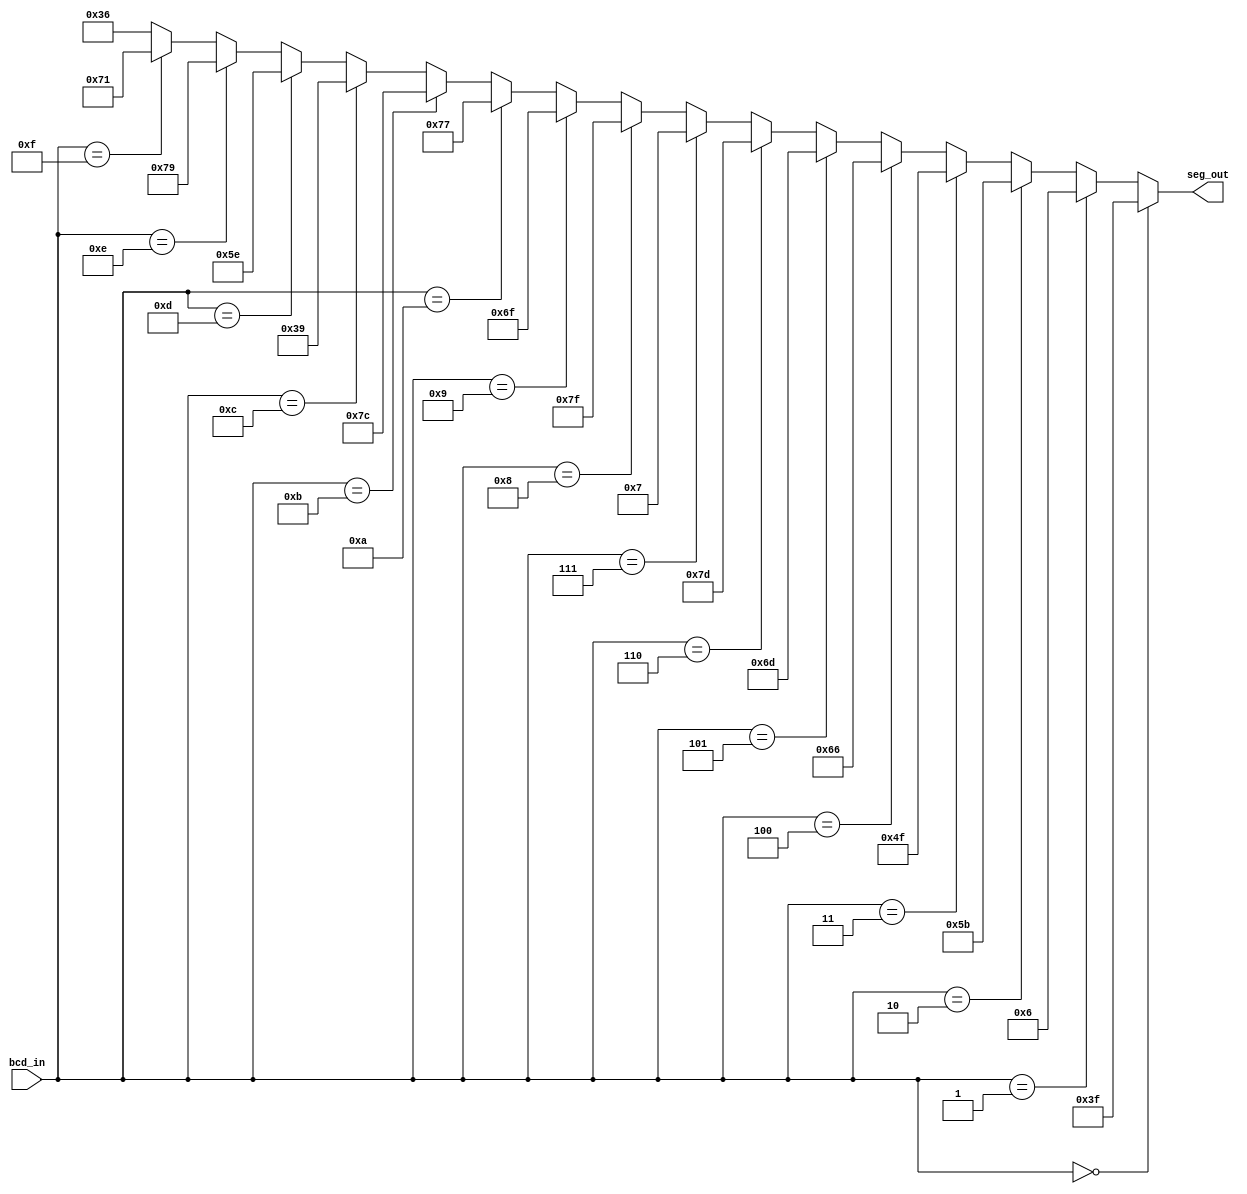
// This program was cloned from: https://github.com/damdoy/ice40_ultraplus_examples
// License: Mozilla Public License 2.0

//transforms 4bits numbers to a 7seg display
//
//   --a--
//  |     |
//  f     b
//  |     |
//   --g--
//  |     |
//  e     c
//  |     |
//   --d--
//
// 7'gfedcba (a = LSB)
module bcd_to_7seg(input [3:0] bcd_in, output [6:0] seg_out);

   assign seg_out =  (bcd_in==4'h0) ? 7'b0111111 :
                     (bcd_in==4'h1) ? 7'b0000110 :
                     (bcd_in==4'h2) ? 7'b1011011 :
                     (bcd_in==4'h3) ? 7'b1001111 :
                     (bcd_in==4'h4) ? 7'b1100110 :
                     (bcd_in==4'h5) ? 7'b1101101 :
                     (bcd_in==4'h6) ? 7'b1111101 :
                     (bcd_in==4'h7) ? 7'b0000111 :
                     (bcd_in==4'h8) ? 7'b1111111 :
                     (bcd_in==4'h9) ? 7'b1101111 :
                     (bcd_in==4'ha) ? 7'b1110111 :
                     (bcd_in==4'hb) ? 7'b1111100 :
                     (bcd_in==4'hc) ? 7'b0111001 :
                     (bcd_in==4'hd) ? 7'b1011110 :
                     (bcd_in==4'he) ? 7'b1111001 :
                     (bcd_in==4'hf) ? 7'b1110001 :
                     7'b0110110; //does a H, default shouldn't happen

endmodule